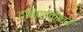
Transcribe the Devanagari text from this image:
द्विपदकाव्य